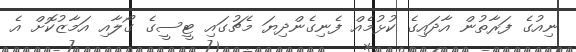
ނިއުގެ ފަރާތުން އާދައިގެ ކުޅުމެއް ފެނިގެންދިޔަ މެޗުގައި ޓީސީގެ ގޯލާއި އަމާޒުކޮށް އެ